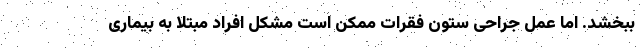
ببخشد. اما عمل جراحی ستون فقرات ممکن است مشکل افراد مبتلا به بیماری